Serum-therapy of plague in India - Number 20
Disease focus: Plague
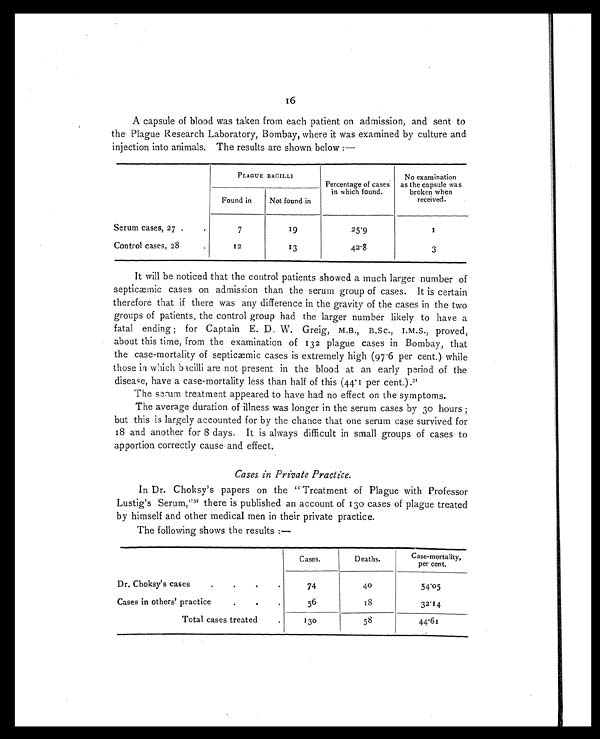
16
A capsule of blood was taken from each patient on admission, and sent to
the Plague Research Laboratory, Bombay, where it was examined by culture and
injection into animals. The results are shown below :—
PLAGUE BACILL
Percentage of cases
in which found.
No examination
as the capsule was
broken when
received.
Found in
Not found in
Serum cases, 27 .
.
7
19
25.9
1
Control cases, 28
.
12
13
42.8
3
It will be noticed that the control patients showed a much larger number of
septicæmic cases on admission than the serum group of cases. It is certain
therefore that if there was any difference in the gravity of the cases in the two
groups of patients, the control group had the larger number likely to have a
fatal ending; for Captain E. D. W. Greig, M.B., B.Sc., I.M.S., proved,
about this time, from the examination of 132 plague cases in Bombay, that
the case-mortality of septicæmic cases is extremely high (97.6 per cent.) while
those in which bacilli are not present in the blood at an early period of the
disease, have a case-mortality less than half of this (44.1 per cent.). 31
The serum treatment appeared to have had no effect on the symptoms.
The average duration of illness was longer in the serum cases by 30 hours;
but this is largely accounted for by the chance that one serum case survived for
18 and another for 8 days. It is always difficult in small groups of cases to
apportion correctly cause and effect.
Cases in Private Practice.
In Dr. Choksy's papers on the "Treatment of Plague with Professor
Lustig's Serum," 32t h e r e i s p u b l i s h e d a n a c c o u n t o f 1 3 0 c a s e s o f p l a g u e t r e a t e d
by himself and other medical men in their private practice.
The following shows the results :—
Cases.
Deaths.
Case-mortality,
per cent.
Dr. Choksy's cases.
.
.
74
40
54.05
Cases in others' practice.
.
.
56
18
3 2 . 1 4
Total cases treated.
1 3 0
58
44.61